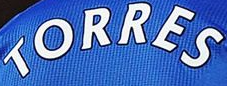
TORRES